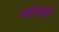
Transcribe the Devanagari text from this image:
व्यक्तिचां